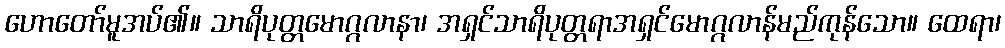
ဟောတော်မူအပ်၏။ သာရိပုတ္တမောဂ္ဂလာနာ၊ အရှင်သာရိပုတ္တရာအရှင်မောဂ္ဂလာန်မည်ကုန်သော။ ထေရာ၊